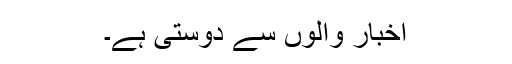
اخبار والوں سے دوستی ہے۔